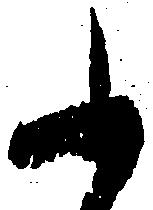
ふ